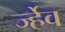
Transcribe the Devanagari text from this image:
र्ज्हेव